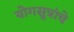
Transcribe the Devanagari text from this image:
योगसूत्रांचे